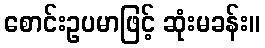
စောင်းဥပမာဖြင့် ဆုံးမခန်း။